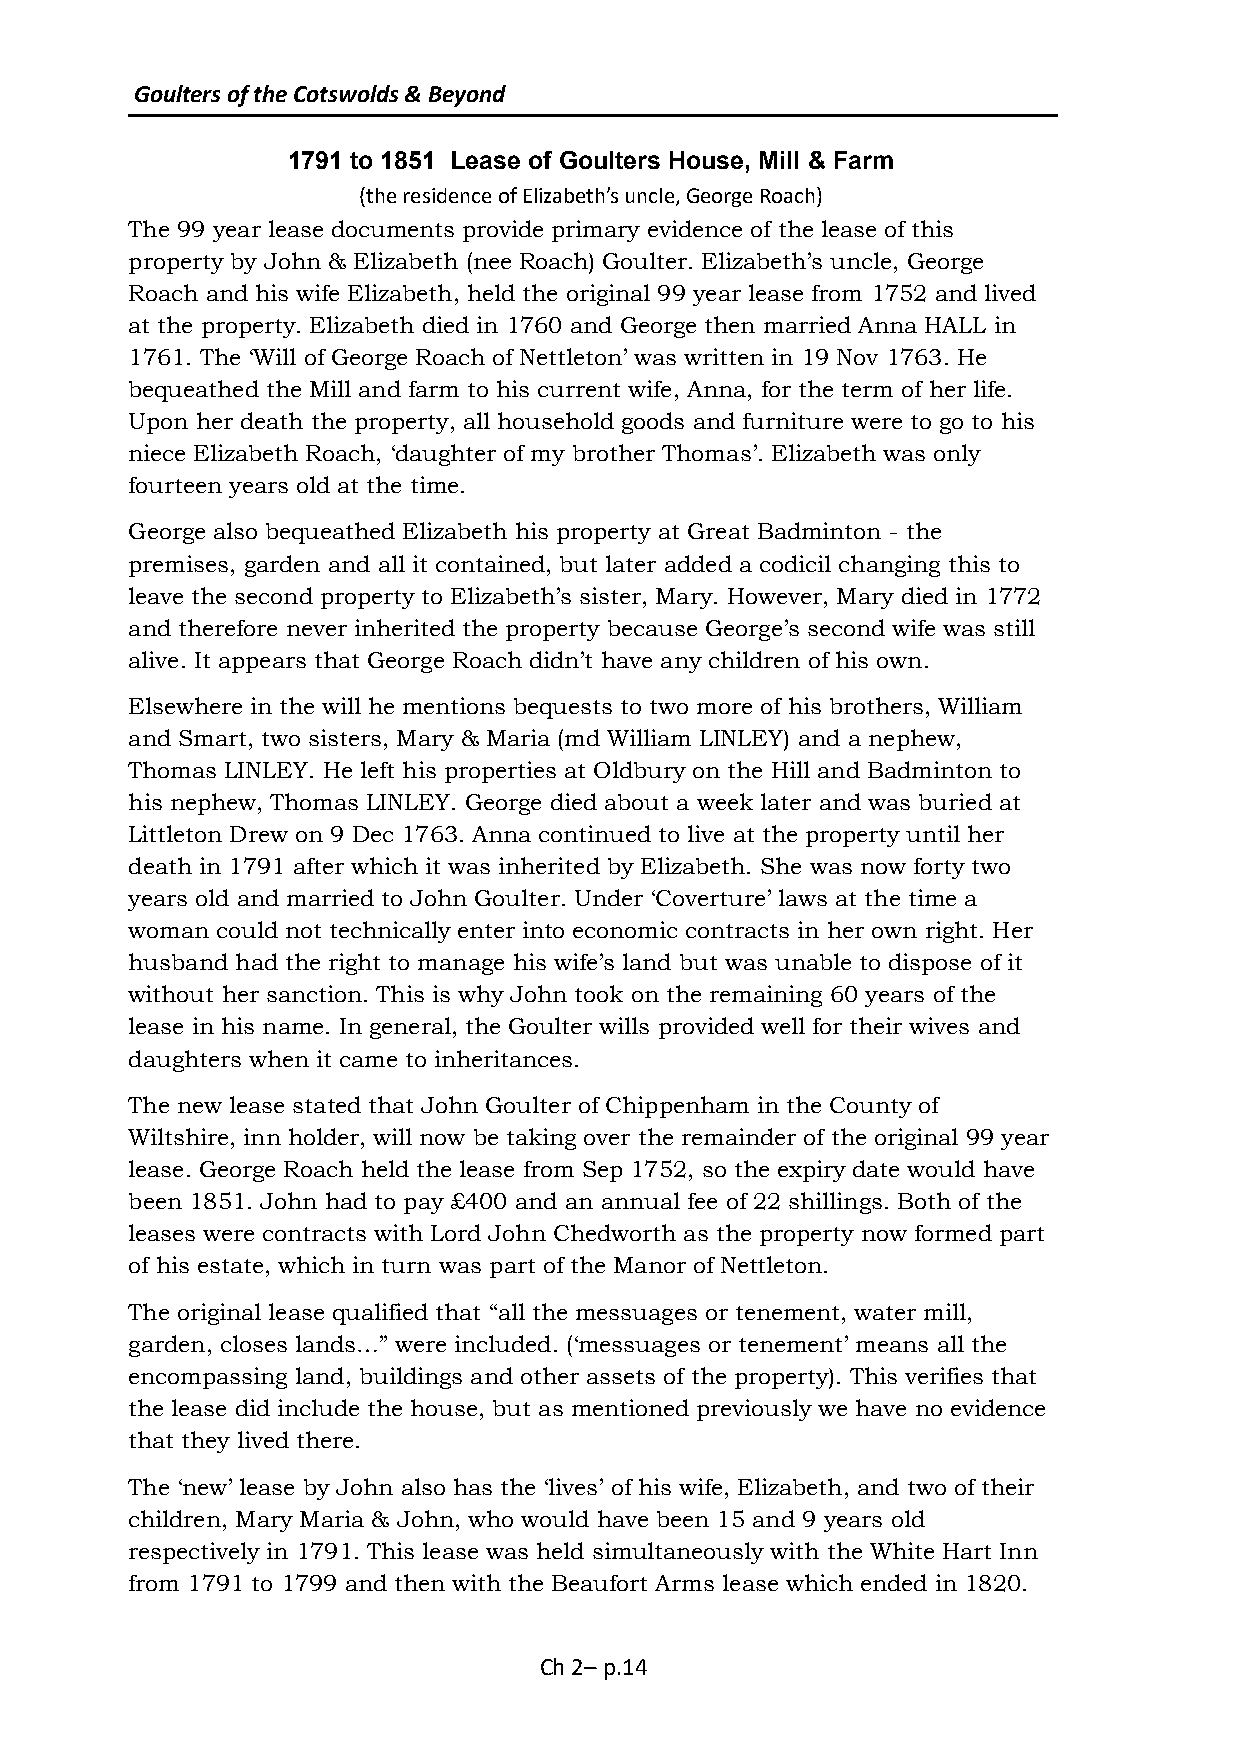
Goulters of the Cotswolds & Beyond
 1791 to 1851 Lease of Goulters House, Mill & Farm
 (the residence of Elizabeth’s uncle, George Roach)
 The 99 year lease documents provide primary evidence of the lease of this
 property by John & Elizabeth (nee Roach) Goulter. Elizabeth’s uncle, George
 Roach and his wife Elizabeth, held the original 99 year lease from 1752 and lived
 at the property. Elizabeth died in 1760 and George then married Anna HALL in
 1761. The ‘Will of George Roach of Nettleton’ was written in 19 Nov 1763. He
 bequeathed the Mill and farm to his current wife, Anna, for the term of her life.
 Upon her death the property, all household goods and furniture were to go to his
 niece Elizabeth Roach, ‘daughter of my brother Thomas’. Elizabeth was only
 fourteen years old at the time.
 George also bequeathed Elizabeth his property at Great Badminton - the
 premises, garden and all it contained, but later added a codicil changing this to
 leave the second property to Elizabeth’s sister, Mary. However, Mary died in 1772
 and therefore never inherited the property because George’s second wife was still
 alive. It appears that George Roach didn’t have any children of his own.
 Elsewhere in the will he mentions bequests to two more of his brothers, William
 and Smart, two sisters, Mary & Maria (md William LINLEY) and a nephew,
 Thomas LINLEY. He left his properties at Oldbury on the Hill and Badminton to
 his nephew, Thomas LINLEY. George died about a week later and was buried at
 Littleton Drew on 9 Dec 1763. Anna continued to live at the property until her
 death in 1791 after which it was inherited by Elizabeth. She was now forty two
 years old and married to John Goulter. Under ‘Coverture’ laws at the time a
 woman could not technically enter into economic contracts in her own right. Her
 husband had the right to manage his wife’s land but was unable to dispose of it
 without her sanction. This is why John took on the remaining 60 years of the
 lease in his name. In general, the Goulter wills provided well for their wives and
 daughters when it came to inheritances.
 The new lease stated that John Goulter of Chippenham in the County of
 Wiltshire, inn holder, will now be taking over the remainder of the original 99 year
 lease. George Roach held the lease from Sep 1752, so the expiry date would have
 been 1851. John had to pay £400 and an annual fee of 22 shillings. Both of the
 leases were contracts with Lord John Chedworth as the property now formed part
 of his estate, which in turn was part of the Manor of Nettleton.
 The original lease qualified that “all the messuages or tenement, water mill,
 garden, closes lands…” were included. (‘messuages or tenement’ means all the
 encompassing land, buildings and other assets of the property). This verifies that
 the lease did include the house, but as mentioned previously we have no evidence
 that they lived there.
 The ‘new’ lease by John also has the ‘lives’ of his wife, Elizabeth, and two of their
 children, Mary Maria & John, who would have been 15 and 9 years old
 respectively in 1791. This lease was held simultaneously with the White Hart Inn
 from 1791 to 1799 and then with the Beaufort Arms lease which ended in 1820.
 Ch 2– p.14